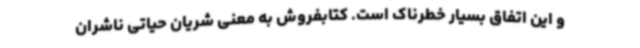
و این اتفاق بسیار خطرناک است. کتابفروش به معنی شریان حیاتی ناشران